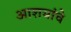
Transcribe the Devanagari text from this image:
आशयांचे